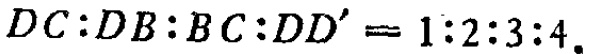
\(DC:DB:BC:DD' = 1:2:3:4\)